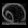
Digit: ၈